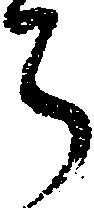
ち